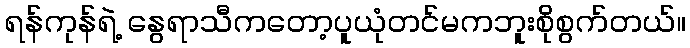
ရန်ကုန်ရဲ့ နွေရာသီကတော့ပူယုံတင်မကဘူးစိုစွက်တယ်။